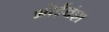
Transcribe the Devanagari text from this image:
भोईवंश